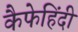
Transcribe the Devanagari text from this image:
कैफेहिंदी